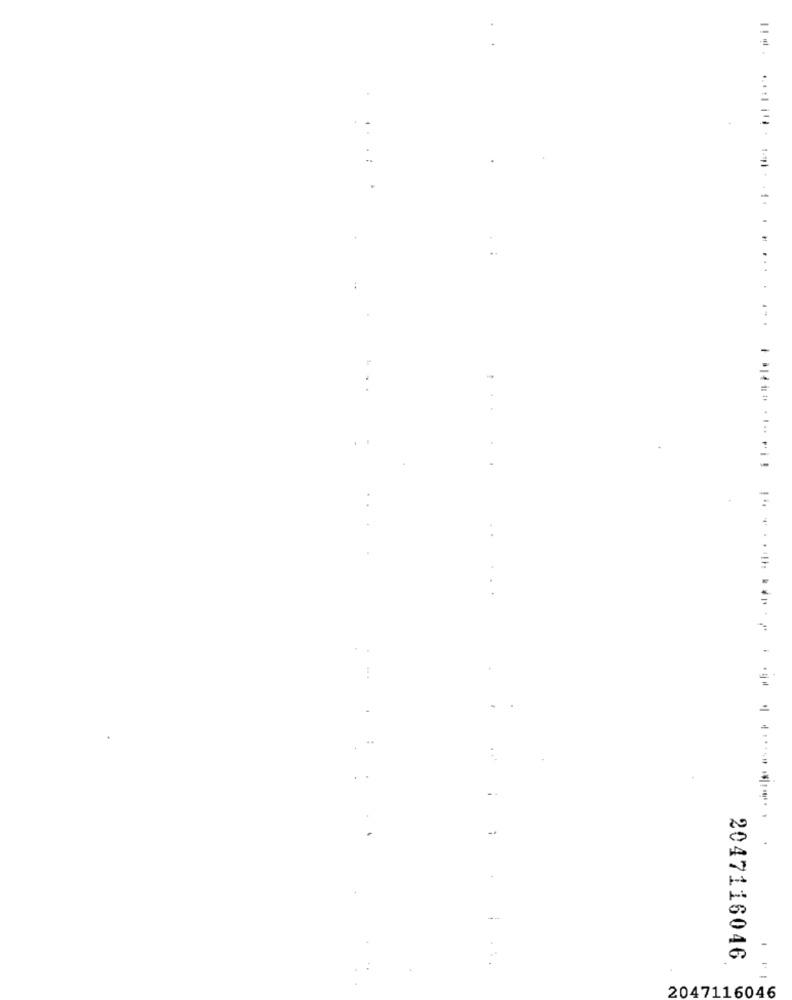
. :
...
..
..
-
2047116046
2047116046